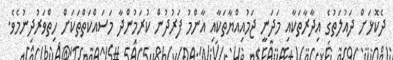
ދެކޮޅަށް ދައުލަތުގެ އިދާރާތަކާއި މަދަނީ ޖަމުއިއްޔާތަކާއި އާންމު ފަރުދުން ކުރަމުންދާ މަސައްކަތްތަކަށް ހިތްވަރުދިނުމެވެ.